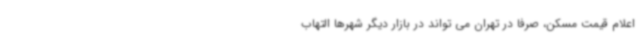
اعلام قیمت مسکن، صرفا در تهران می تواند در بازار دیگر شهرها التهاب